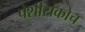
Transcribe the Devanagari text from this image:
पेशीसंकोच